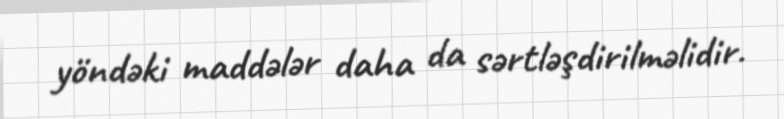
yöndəki maddələr daha da sərtləşdirilməlidir.